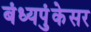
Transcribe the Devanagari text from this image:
बंध्यपुंकेसर